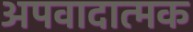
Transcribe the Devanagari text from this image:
अपवादात्मक